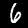
Digit: 6